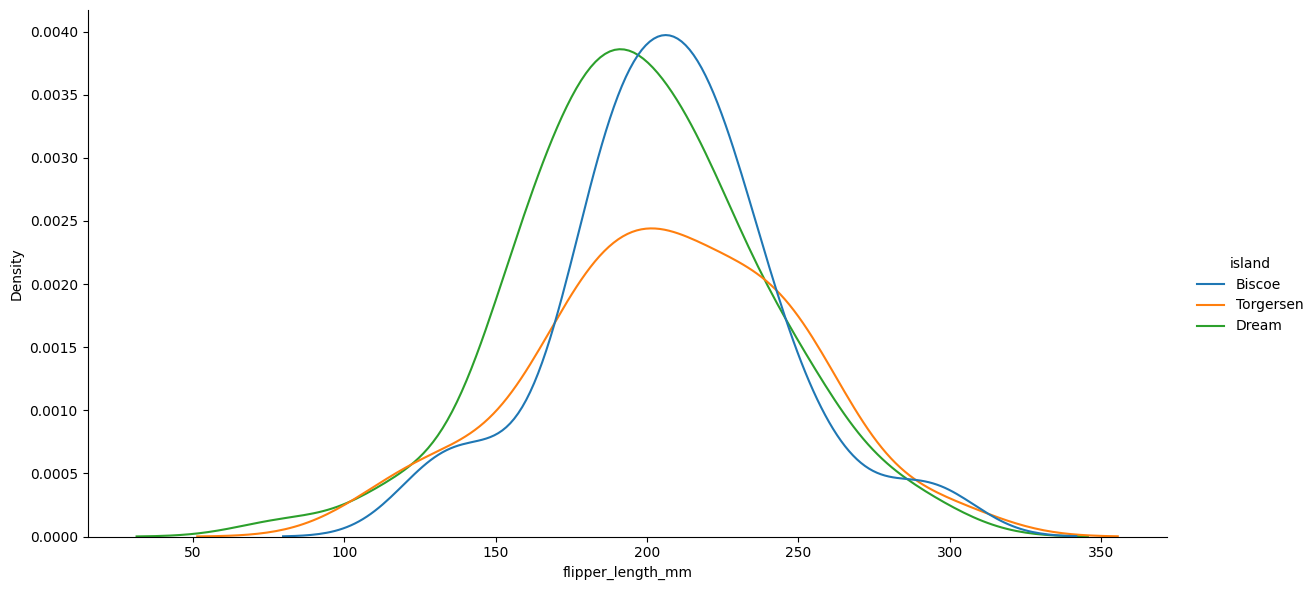
python, seaborn, displot, kind='kde', column='flipper_length_mm', hue='island', height=6, aspect=2.0